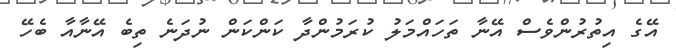
އޭގެ އިތުރުންވެސް އޭނާ ތަހައްމަލު ކުރަމުންދާ ކަންކަން ނުދަނެ ތިބެ އޭނާއާ ބެހޭ